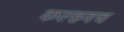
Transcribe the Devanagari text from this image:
कल्हवच